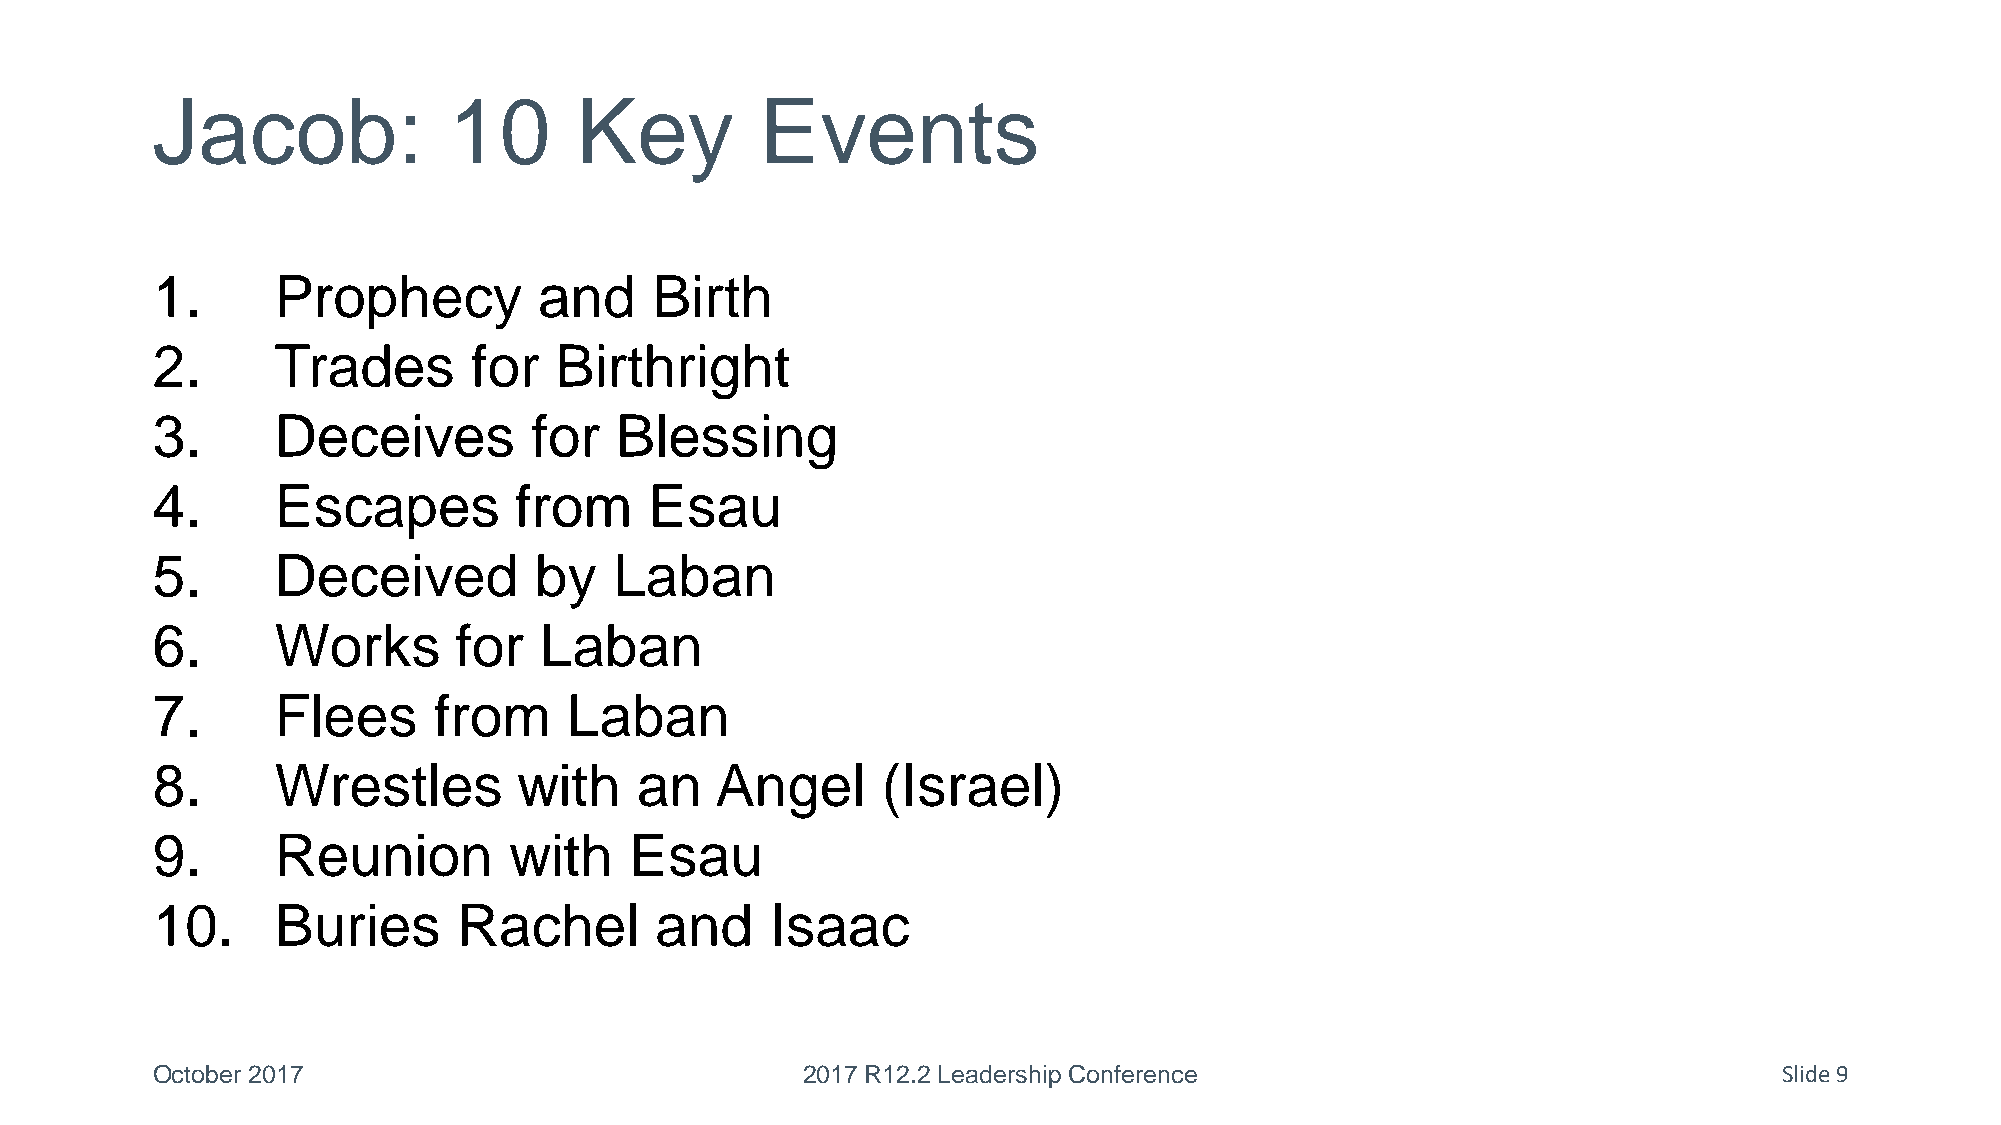
Jacob:              10      Key         Events
 1.      Prophecy          and    Birth
 2.      Trades       for   Birthright
 3.      Deceives         for   Blessing
 4.      Escapes         from     Esau
 5.      Deceived         by    Laban
 6.      Works       for   Laban
 7.      Flees      from     Laban
 8.      Wrestles        with    an   Angel      (Israel)
 9.      Reunion         with    Esau
 10.     Buries      Rachel       and     Isaac
 October 2017                               2017 R12.2 Leadership Conference                                 Slide 9